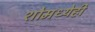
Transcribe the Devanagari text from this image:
शोमध्येही